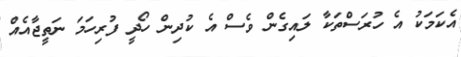
އެކަމަކު އެ ހުރަސްތަކާ ލައިގެން ވެސް އެ ކުދިން ހޯދީ ފުރިހަމަ ނަތީޖާއެއް